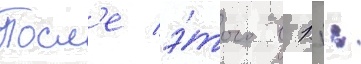
Посл'е э́того в 11: